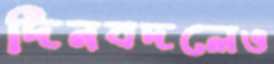
দিনবদলেও